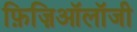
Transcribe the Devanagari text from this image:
फ़िज़िऑलॉजी